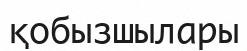
қобызшылары